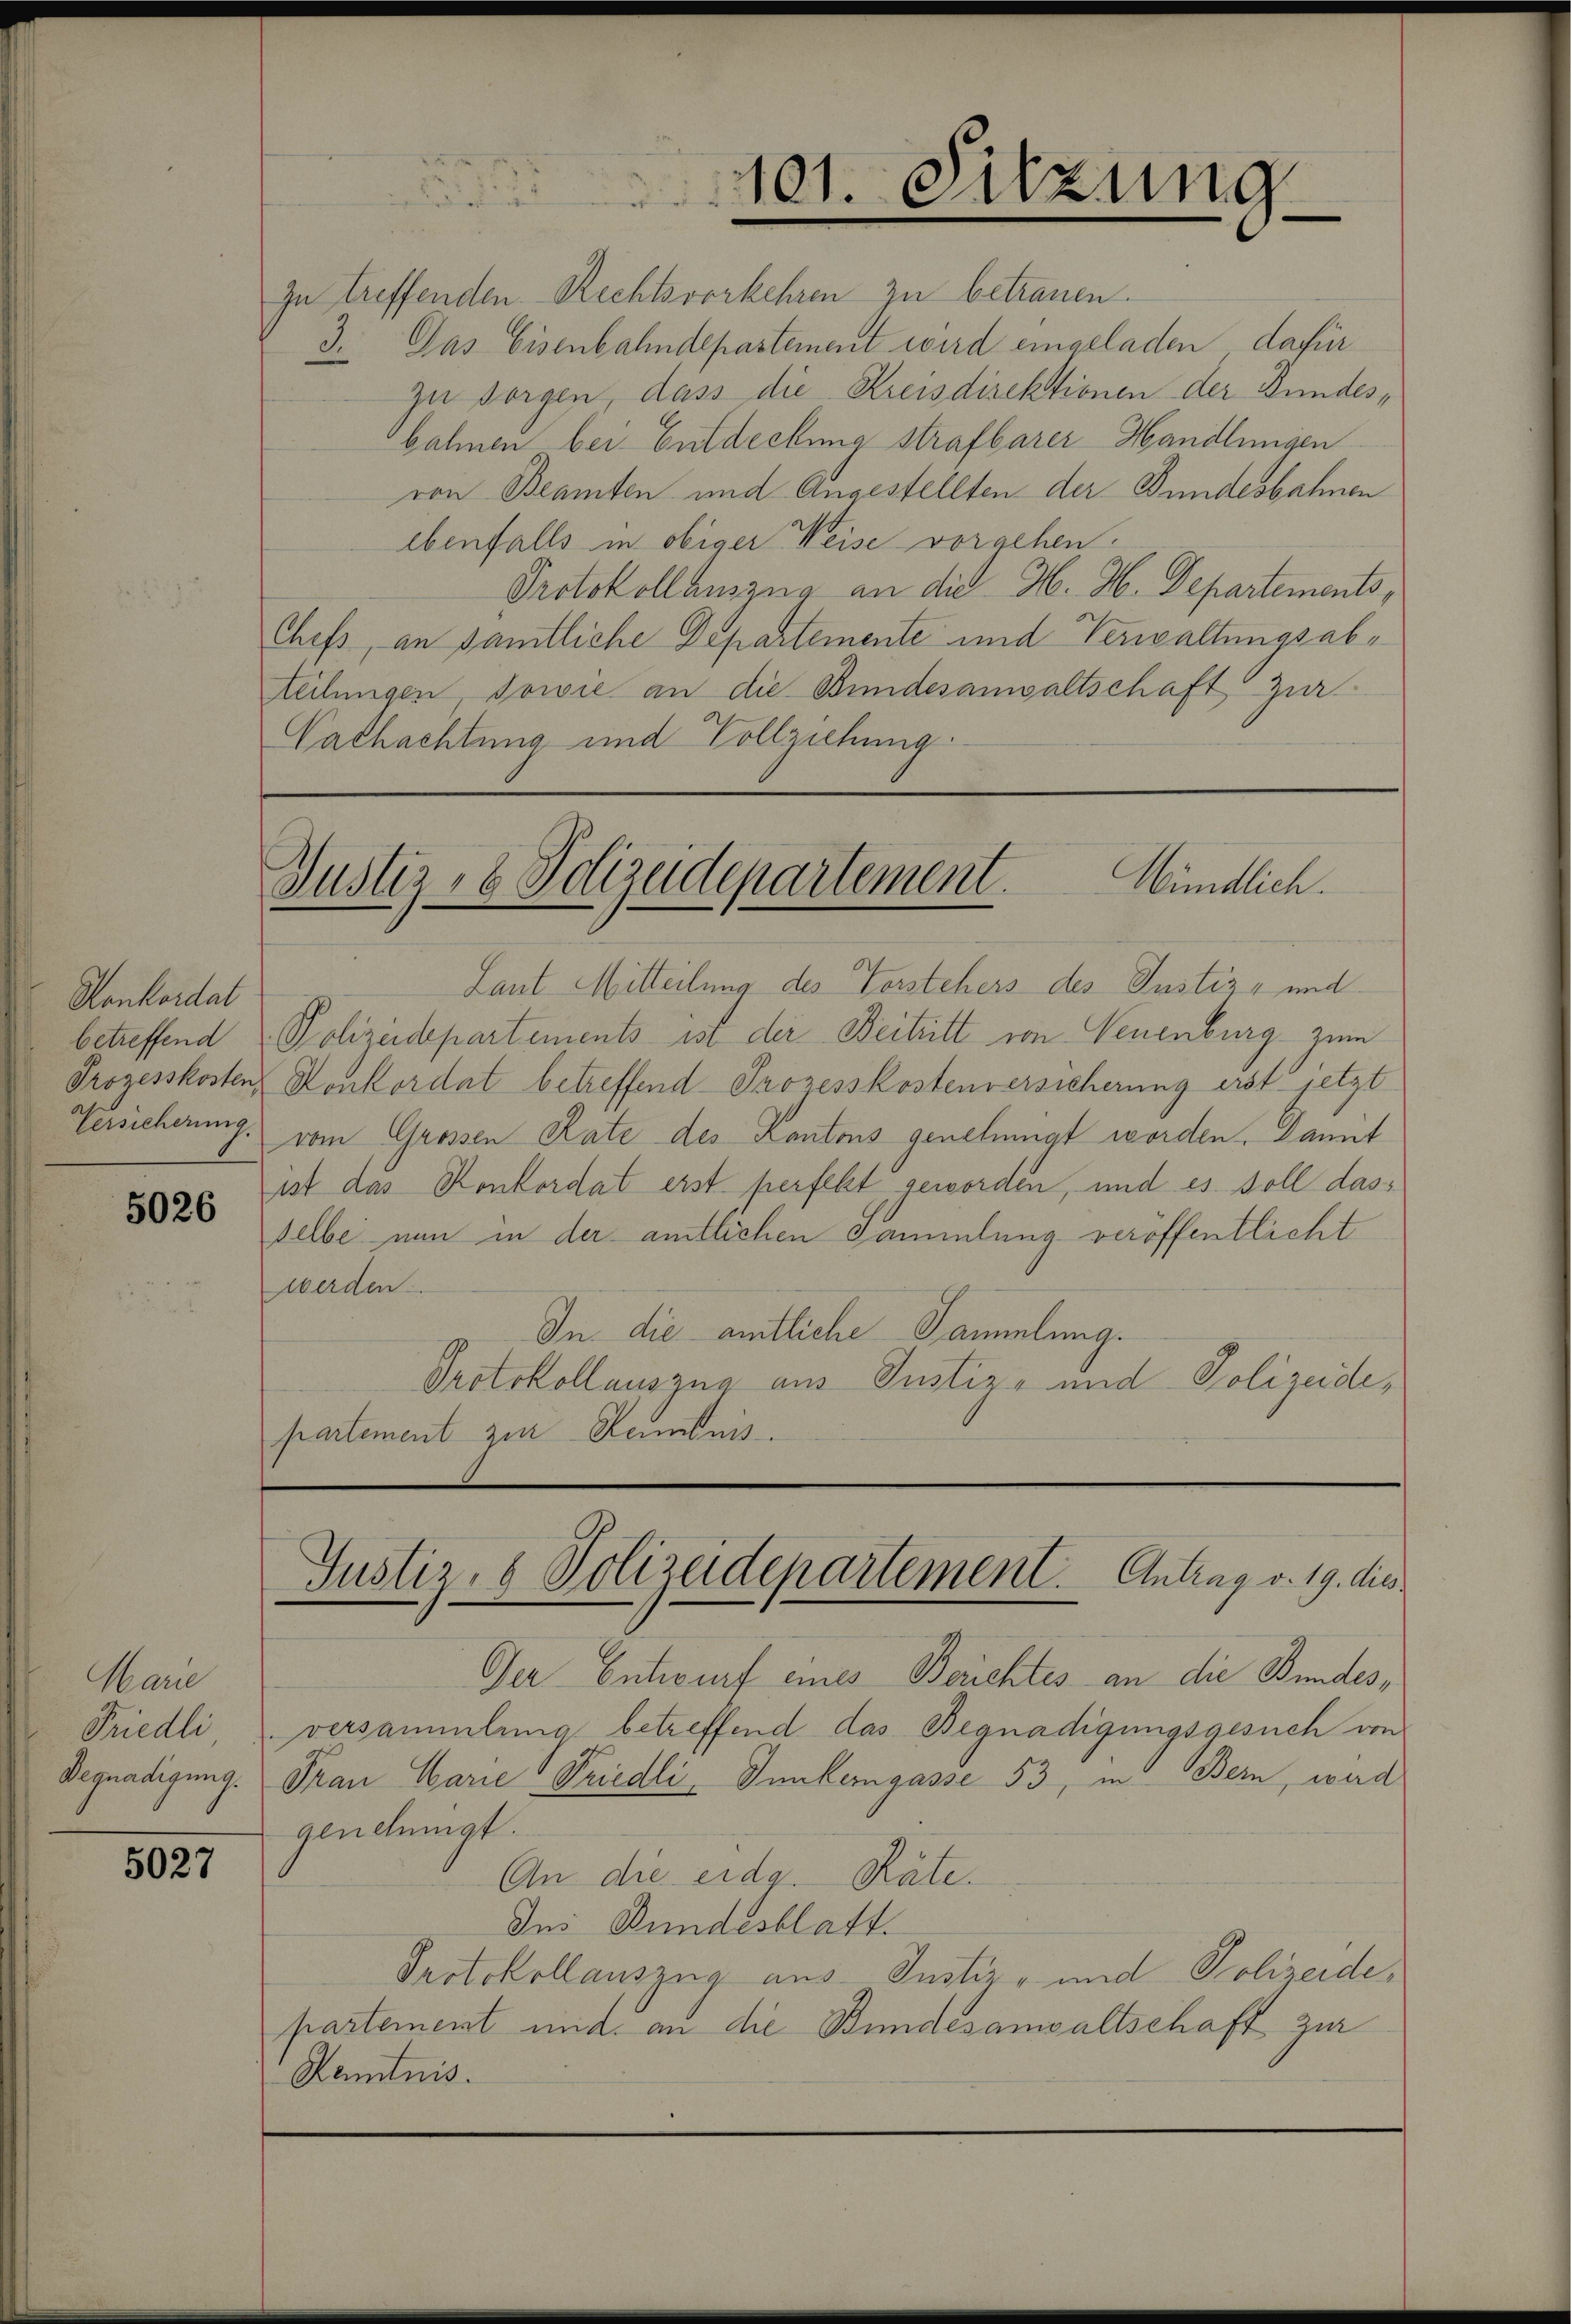
Honkordat
betreffend
Prozesskosten,
Versicherung.

5026

Marie
Friedli
Begnadigung.

5027

zu treffenden Rechtsvorkehren zu betrauen.
2. Das Eisenbahndepastement wird eingeladen dafür
zu sorgen, dass die Kreisdirektionen der Bundesbahnen bei Entdeckung strafbarer Handlungen
ron Beamten und Angestellten der Bundesbahnen
ebenfalls in obiger Weise vorgehen.
Protokollauszug an die H. H. Departements,
Chefs, an sämtliche Departemente und Verwaltungsabteilungen, sowie an die Bundesanwaltschaft. Zur
Cachachtung und Vollziehung

101. Sitzung
e

Wündlich.
Justiz- & Polizeidepartement.

Laut Mitteilung des Vorstehers des Justiz- und
Polizeidepartements ist der Beitritt von Neuenburg zum
Konkordat betreffend Prozesskostenversicherung erst jetzt
vom Grossen Rate des Kantons genehmigt worden. Dannt
ist das Konkordat erst perfekt geworden, und es soll dasselbe nun in der amtlichen Sammlung veröffentlicht
werden.
In die amtliche Sammlung.
Protokollauszug aus Justiz- und Polizeide,
partement zur Kenntnis

Justiz, 8 Polizeidepartement. Antrag v. 19. die

Der Entwurf eines Berichtes an die Bundesversammlung betreffend das Begnadigungsgesuch von
Frau Carie Friedli, Intergasse 53, in Bern, wird
genehmigt.
An die eidg. Rate.
Ius Bundesblatt.
Protokollauszug aus Justiz- und Polizeide,
partement und an die Bundesanwaltschaft zur
Kenntnis.